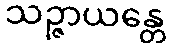
သဉ္ဇာယန္တေ